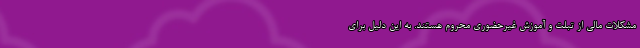
مشکلات مالی از تبلت و آموزش غیرحضوری محروم هستند. به این دلیل برای